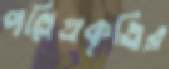
পল্লিপ্রকৃতির